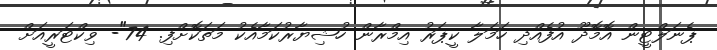
ޕެނަލްޓީން އޮމޮދޫ އުފެއްދި ހަމަލާ ކީޕަރު އިމްރާން ހުޝިޔާރުކަމާއެކު މަތަކޮށްފި. 74"- ވިކްޓަރީއަށް